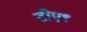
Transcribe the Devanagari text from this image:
टीए९